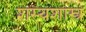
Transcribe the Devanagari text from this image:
शस्यशास्त्र